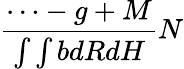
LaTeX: \frac{\cdots-g+M}{\int\int bdRdH}N